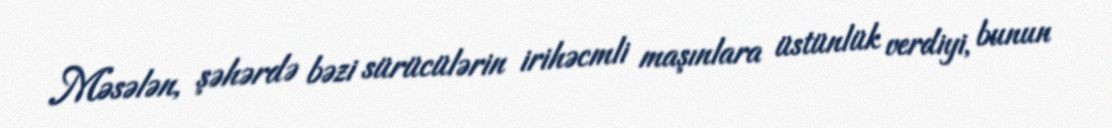
Məsələn, şəhərdə bəzi sürücülərin irihəcmli maşınlara üstünlük verdiyi, bunun